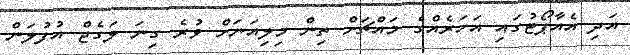
އަދި އެއާޕޯޓުގައި އަހަރެއްގެ މައްޗަށް ތިން މިލިއަނަށް ވުރެ ގިނަ ލަގެޖް އުފުލަން